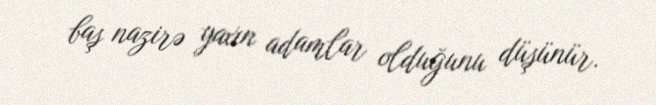
baş nazirə yaxın adamlar olduğunu düşünür.